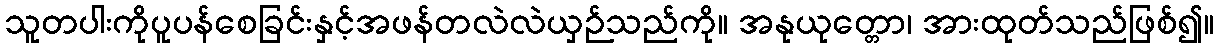
သူတပါးကိုပူပန်စေခြင်းနှင့်အဖန်တလဲလဲယှဉ်သည်ကို။ အနုယုတ္တော၊ အားထုတ်သည်ဖြစ်၍။